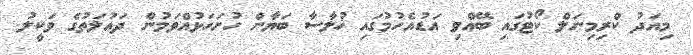
މިއަދު ކްރިމިނަލް ކޯޓުގައި ބޭއްވި އަޑުއެހުމުގައި ޚުލާސާ ބަޔާން ހުށަހަޅުއްވަމުން ދައުލަތުގެ ވަކީލު